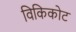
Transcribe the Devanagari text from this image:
विकिकोट